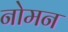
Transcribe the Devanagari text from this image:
नोमन